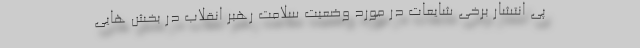
پی انتشار برخی شایعات در مورد وضعیت سلامت رهبر انقلاب در بخش هایی